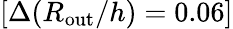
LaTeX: [\Delta(R_{\mathrm{out}}/h)=0.06]